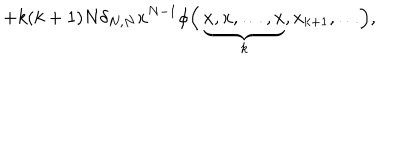
LaTeX: + k ( k + 1 ) N \delta _ { N , N } x ^ { N - 1 } \phi \Bigl ( \, \underbrace { x , x , \dots , x } _ { k } , x _ { k + 1 } , \dots \Bigr ) ,